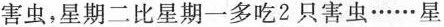
害虫，星期二比星期一多吃2只害虫……星